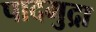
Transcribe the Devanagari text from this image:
पादमुद्रा